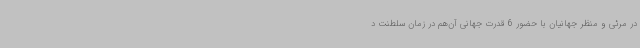
در مرئی و منظر جهانیان با حضور 6 قدرت جهانی آن‌هم در زمان سلطنت د